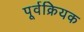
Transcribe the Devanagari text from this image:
पूर्वक्रियक